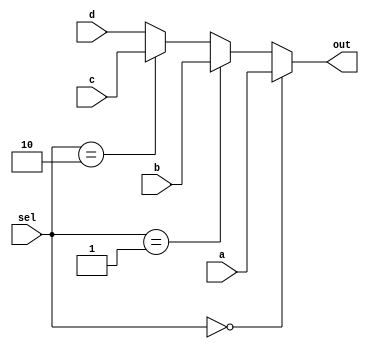
module Mux4x1 (
    input wire [31:0] a,       // Input 0
    input wire [31:0] b,       // Input 1
    input wire [31:0] c,       // Input 2
    input wire [31:0] d,       // Input 3
    input wire [1:0] sel,      // Select lines (2 bits)
    output wire [31:0] out     // Output
);

assign out = (sel == 2'b00) ? a :
             (sel == 2'b01) ? b :
             (sel == 2'b10) ? c :
             d;
endmodule

module tb_Mux4x1();
    reg [31:0] a, b, c, d;
    reg [1:0] sel;
    wire [31:0] out;

    // Instantiate the mux4x1 module
    Mux4x1 mux (
        .a(a),
        .b(b),
        .c(c),
        .d(d),
        .sel(sel),
        .out(out)
    );

    // Stimulus generation
    initial begin
        // Test Case 1: When sel is 00, output should be equal to input a
        a = 32'b0000_0000_0000_0000_0000_0000_0000_0001;
        b = 32'b0000_0000_0000_0000_0000_0000_0000_0010;
        c = 32'b0000_0000_0000_0000_0000_0000_0000_0100;
        d = 32'b0000_0000_0000_0000_0000_0000_0000_1000;
        sel = 2'b00;
        #10;
        $display("a=%b, b=%b, c=%b, d=%b, sel=%b, out=%b", a, b, c, d, sel, out);
        
        // Test Case 2: When sel is 01, output should be equal to input b
        sel = 2'b01;
        #10;
        $display("a=%b, b=%b, c=%b, d=%b, sel=%b, out=%b", a, b, c, d, sel, out);
        
        // Test Case 3: When sel is 10, output should be equal to input c
        sel = 2'b10;
        #10;
        $display("a=%b, b=%b, c=%b, d=%b, sel=%b, out=%b", a, b, c, d, sel, out);

        // Test Case 4: When sel is 11, output should be equal to input d
        sel = 2'b11;
        #10;
        $display("a=%b, b=%b, c=%b, d=%b, sel=%b, out=%b", a, b, c, d, sel, out);

        // End simulation
        $finish;
    end

endmodule